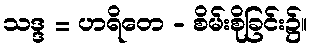
သဒ္ဒ = ဟရိတေ - စိမ်းစိုခြင်း၌။